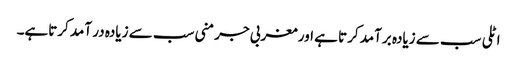
اٹلی سب سے زیادہ برآمد کرتا ہے اور مغربی جرمنی سب سے زیادہ در آمد کرتاہے۔